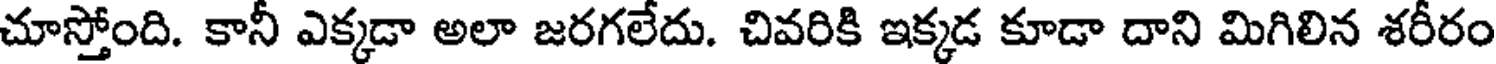
చూస్తోంది. కానీ ఎక్కడా అలా జరగలేదు. చివరికి ఇక్కడ కూడా దాని మిగిలిన శరీరం